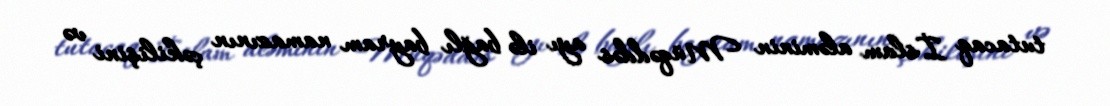
tutacaq İslam aləminin Müqəddəs ayı ilə bağlı bayram namazının çəkilişini və